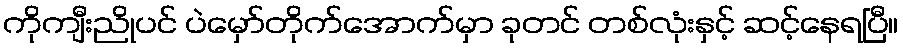
ကိုကျီးညိုပင် ပဲမှော်တိုက်အောက်မှာ ခုတင် တစ်လုံးနှင့် ဆင့်နေရပြီ။